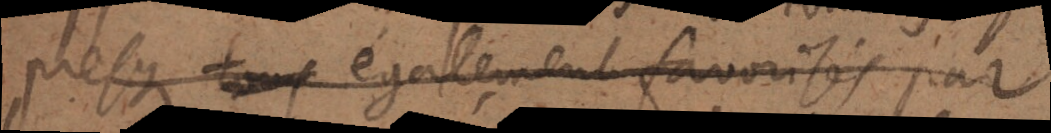
presque tout également favorisés par